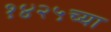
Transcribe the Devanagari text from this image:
१४२५च्या